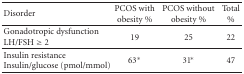
| Disorder | PCOS with obesity % | PCOS without obesity % | Total % |
 | --- | --- | --- | --- |
 | Gonadotropic dysfunctionLH/FSH ≥ 2 | 19 | 25 | 22 |
 | Insulin resistanceInsulin/glucose (pmol/mmol) | 63∗ | 31∗ | 47 |